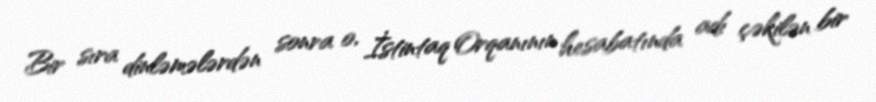
Bir sıra dinləmələrdən sonra o, İstintaq Orqanının hesabatında adı çəkilən bir